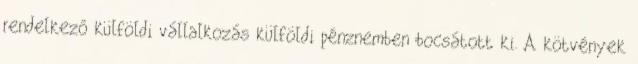
rendelkező külföldi vállalkozás külföldi pénznemben bocsátott ki. A kötvények